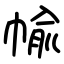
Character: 㡏